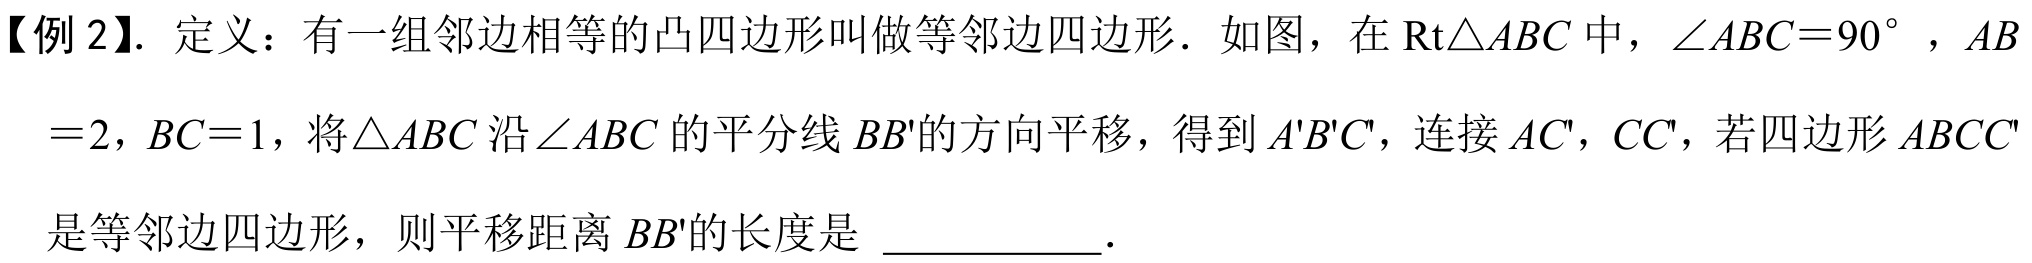
【例 2】. 定义：有一组邻边相等的凸四边形叫做等邻边四边形．如图，在$\text{Rt}\triangle ABC$中，$\angle ABC = 90^{\circ}$，$AB = 2$，$BC = 1$，将$\triangle ABC$沿$\angle ABC$的平分线$BB'$的方向平移，得到$A'B'C'$，连接$AC'$，$CC'$，若四边形$ABCC'$是等邻边四边形，则平移距离$BB'$的长度是 ____________．